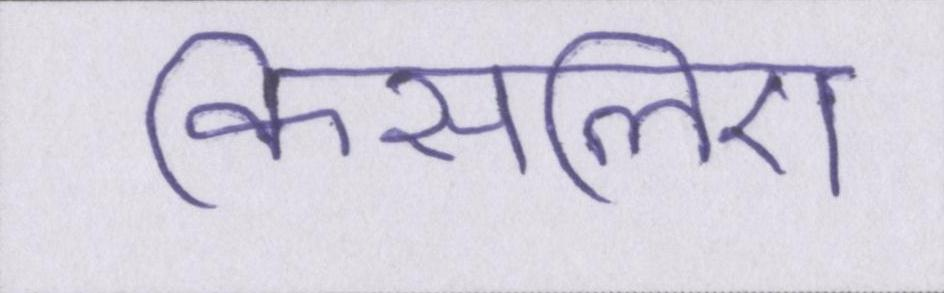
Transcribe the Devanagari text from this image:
किसलिए